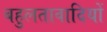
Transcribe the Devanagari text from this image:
बहुलतावादियों